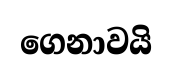
ගෙනාවයි